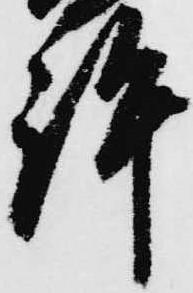
許